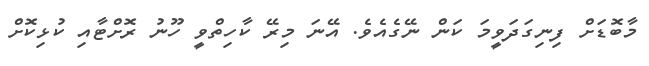
މާބޮޑަށް ފިނިގަދަވީމަ ކަން ނޭގެއެވެ. އޭނަ މިރޭ ކާހިތްވީ ހޫނު ރޮށްޓާއި ކުޅިކޮށް